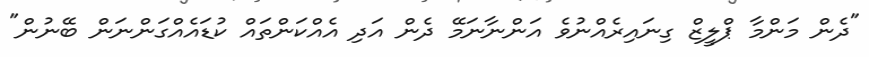
"ދެން މަންމާ ޕްލީޒް ގިނައިރެއްނުވެ އަންނާނަމޭ ދެން އަދި އެއްކަންތައް ކުޑައެއްގަންނަން ބޭނުން"